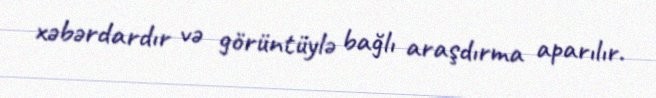
xəbərdardır və görüntüylə bağlı araşdırma aparılır.